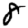
Digit: 8